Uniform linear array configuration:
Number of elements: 64
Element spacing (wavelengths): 0.75
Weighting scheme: blackman
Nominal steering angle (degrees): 15
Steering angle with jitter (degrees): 14.146
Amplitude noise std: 0.05
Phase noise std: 0.05

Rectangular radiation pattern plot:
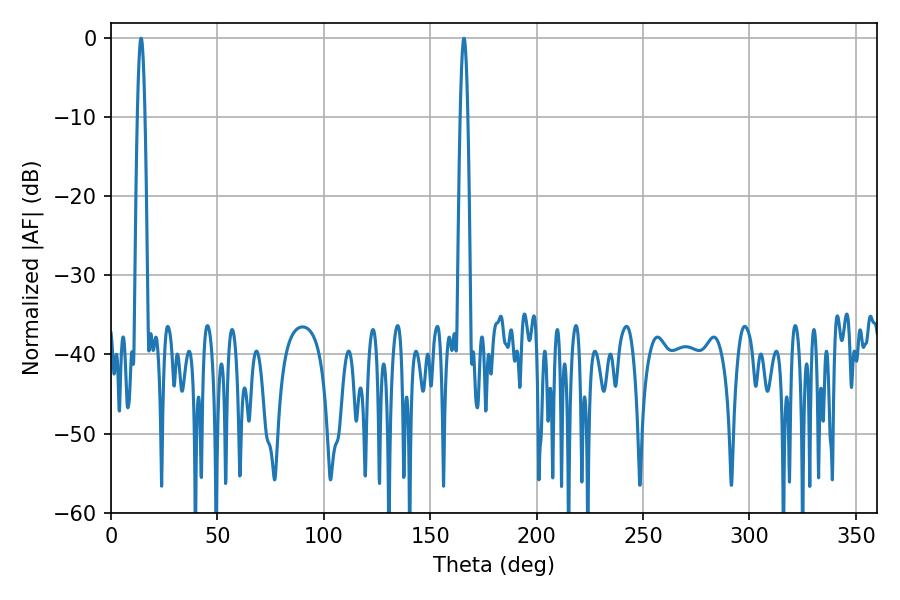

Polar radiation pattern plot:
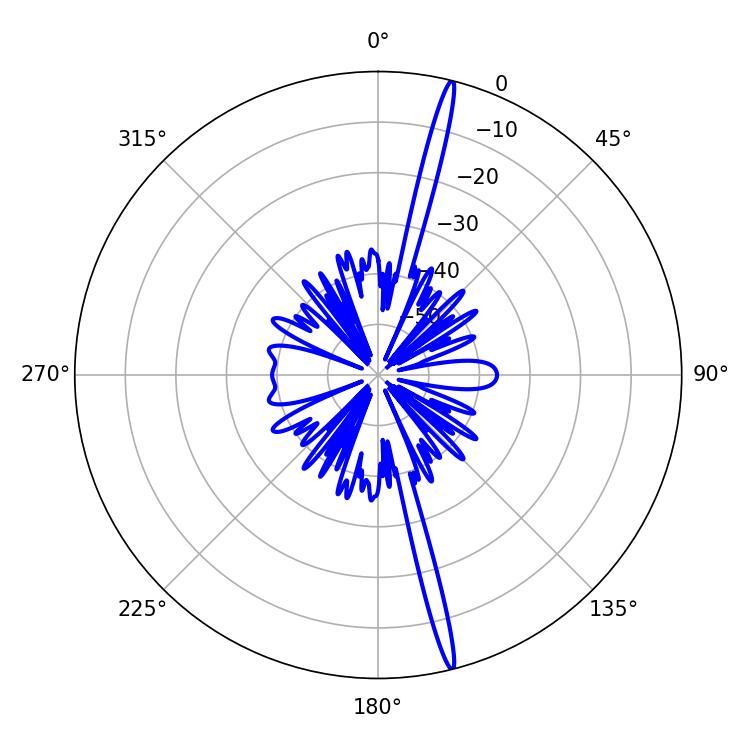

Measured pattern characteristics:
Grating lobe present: TRUE
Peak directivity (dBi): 20.357
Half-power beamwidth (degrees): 1.98
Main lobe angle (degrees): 165.78